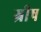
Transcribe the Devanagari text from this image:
ग्रीष